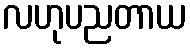
လဟုပညတာယ